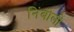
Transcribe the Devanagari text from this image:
निंबोली